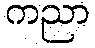
ကညာ